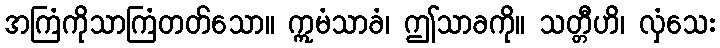
အကြံကိုသာကြံတတ်သော။ ဣမံသာခံ၊ ဤသာခကို။ သတ္တီဟိ၊ လှံသေး